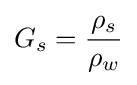
G_{s}={\frac {\rho _{s}}{\rho _{w}}}